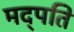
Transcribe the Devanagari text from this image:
मद्पति